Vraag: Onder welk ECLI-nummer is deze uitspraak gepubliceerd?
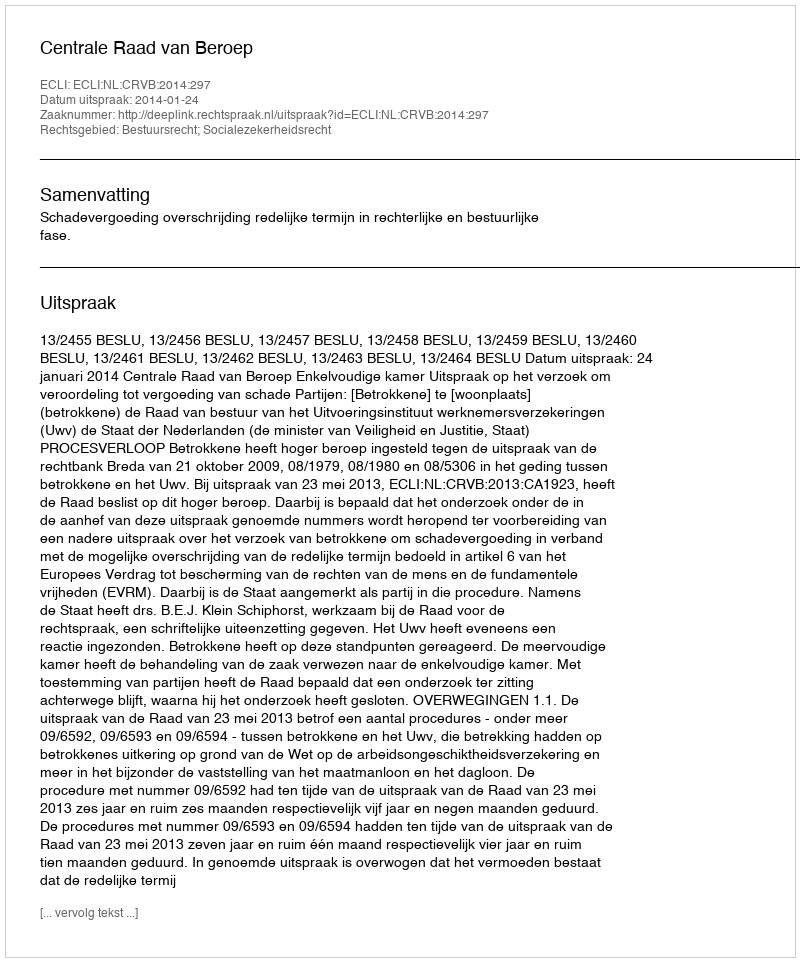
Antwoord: ECLI:NL:CRVB:2014:297